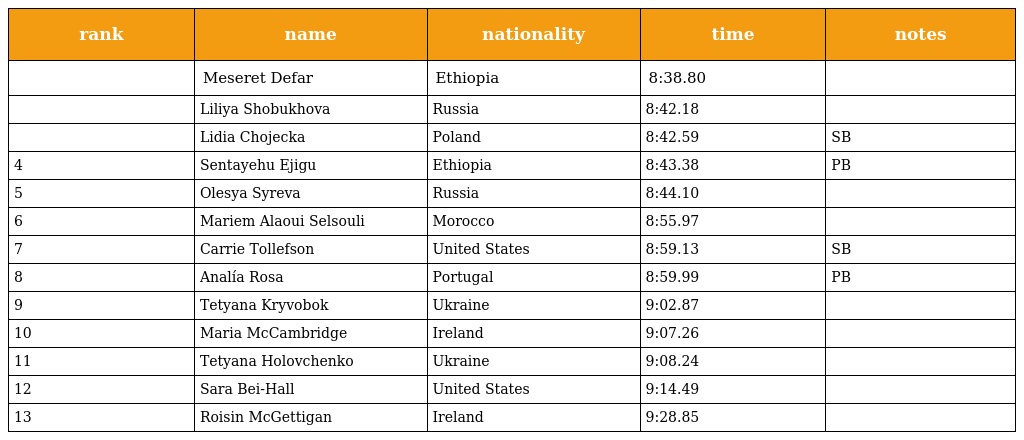
| rank | name | nationality | time | notes |
 | --- | --- | --- | --- | --- |
 |  | Meseret Defar | Ethiopia | 8:38.80 |  |
 |  | Liliya Shobukhova | Russia | 8:42.18 |  |
 |  | Lidia Chojecka | Poland | 8:42.59 | SB |
 | 4 | Sentayehu Ejigu | Ethiopia | 8:43.38 | PB |
 | 5 | Olesya Syreva | Russia | 8:44.10 |  |
 | 6 | Mariem Alaoui Selsouli | Morocco | 8:55.97 |  |
 | 7 | Carrie Tollefson | United States | 8:59.13 | SB |
 | 8 | Analía Rosa | Portugal | 8:59.99 | PB |
 | 9 | Tetyana Kryvobok | Ukraine | 9:02.87 |  |
 | 10 | Maria McCambridge | Ireland | 9:07.26 |  |
 | 11 | Tetyana Holovchenko | Ukraine | 9:08.24 |  |
 | 12 | Sara Bei-Hall | United States | 9:14.49 |  |
 | 13 | Roisin McGettigan | Ireland | 9:28.85 |  |